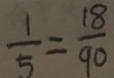
\frac { 1 } { 5 } = \frac { 1 8 } { 9 0 }